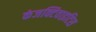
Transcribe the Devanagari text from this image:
कंजक्टिवाइटिस